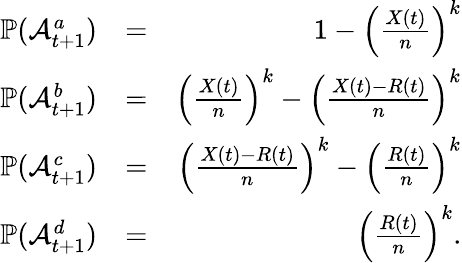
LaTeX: \begin{array}{rlr}{\mathbb{P}(\mathcal{A}_{t+1}^{a})}&{=}&{1-\left(\frac{X(t)}{n}\right)^{k}}\\ {\mathbb{P}(\mathcal{A}_{t+1}^{b})}&{=}&{\left(\frac{X(t)}{n}\right)^{k}-\left(\frac{X(t)-R(t)}{n}\right)^{k}}\\ {\mathbb{P}(\mathcal{A}_{t+1}^{c})}&{=}&{\left(\frac{X(t)-R(t)}{n}\right)^{k}-\left(\frac{R(t)}{n}\right)^{k}}\\ {\mathbb{P}(\mathcal{A}_{t+1}^{d})}&{=}&{\left(\frac{R(t)}{n}\right)^{k}.}\end{array}